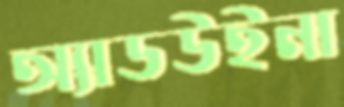
অ্যাডউইনা